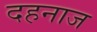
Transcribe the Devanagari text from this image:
दहनाज